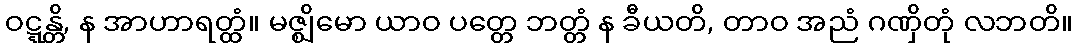
ဝဋ္ဋန္တိ, န အာဟာရတ္ထံ။ မဇ္ဈိမော ယာဝ ပတ္တေ ဘတ္တံ န ခီယတိ, တာဝ အညံ ဂဏှိတုံ လဘတိ။